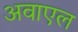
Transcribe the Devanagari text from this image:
अवाएल